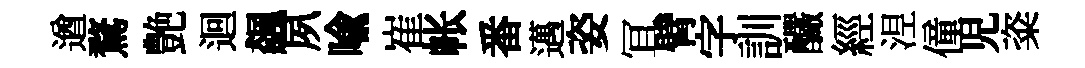
遒鶩艶迴飆夙喻崔帐番邁姿冝臂字訓釅經𣵀僮児粢